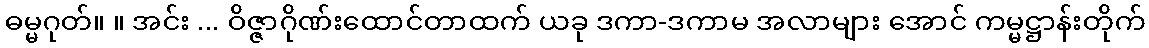
ဓမ္မဂုတ်။ ။ အင်း ... ဝိဇ္ဇာဂိုဏ်းထောင်တာထက် ယခု ဒကာ-ဒကာမ အလာများ အောင် ကမ္မဋ္ဌာန်းတိုက်